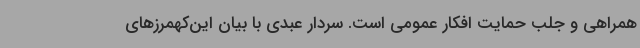
همراهی و جلب حمایت افکار عمومی است. سردار عبدی با بیان این‌کهمرزهای